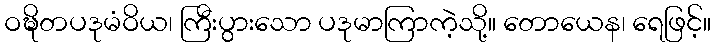
ဝဍ္ဎိတပဒုမံဝိယ၊ ကြီးပွားသော ပဒုမာကြာကဲ့သို့။ တောယေန၊ ရေဖြင့်။